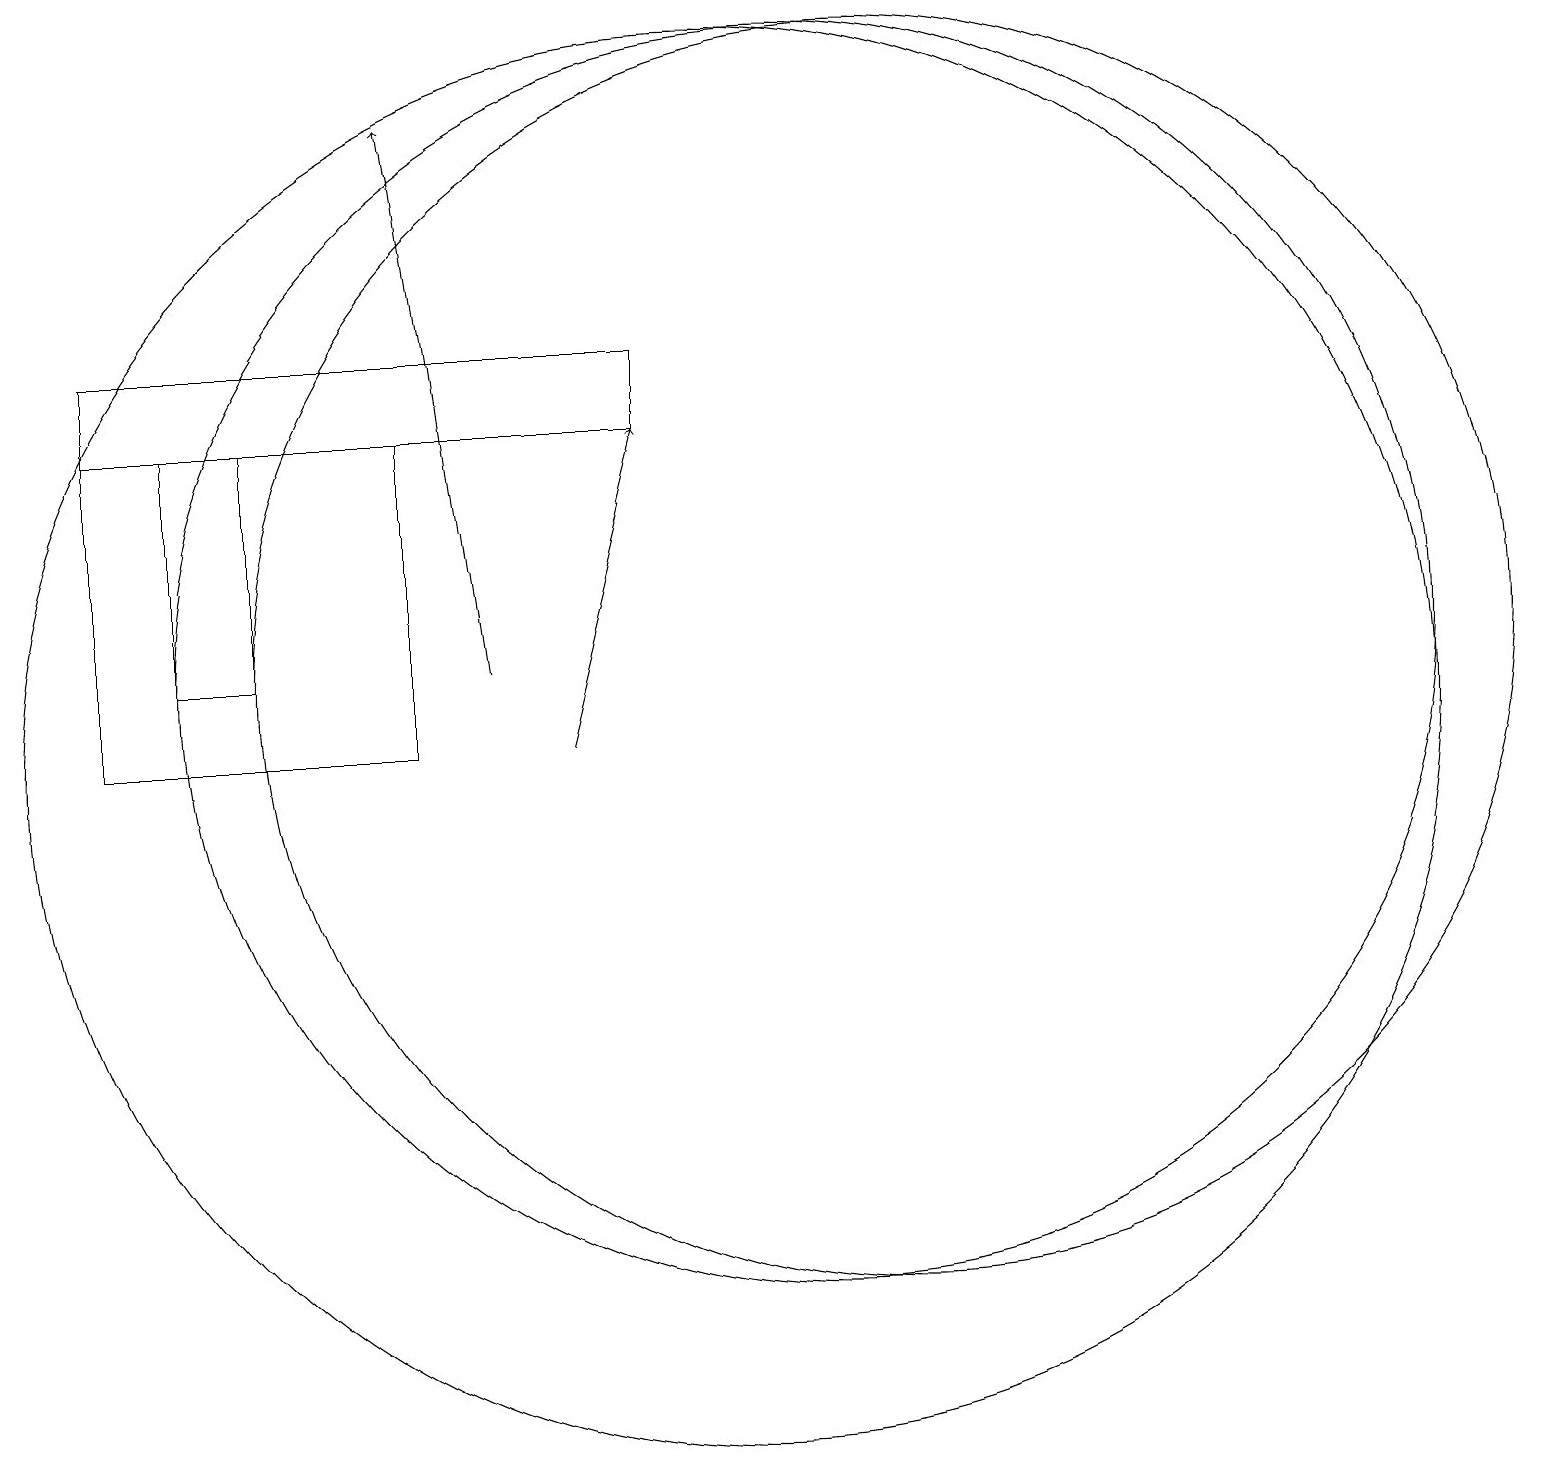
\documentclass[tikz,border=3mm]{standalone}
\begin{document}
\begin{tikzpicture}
\draw (6,14) rectangle (2,10);
\draw (11,11) circle (8);
\draw (10,10) circle (9);
\draw[->] (8,10) -- (9,14);
\draw (9,15) rectangle (2,14);
\draw (3,14) rectangle (4,11);
\draw[->] (7,11) -- (6,18);
\draw (12,11) circle (8);
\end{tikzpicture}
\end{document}